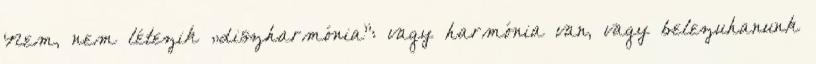
Nem, nem létezik „diszharmónia”: vagy harmónia van, vagy belezuhanunk